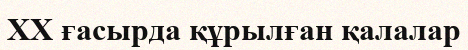
XX ғасырда құрылған қалалар